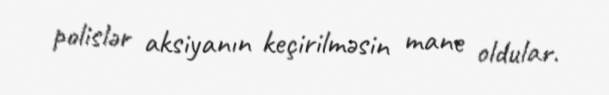
polislər aksiyanın keçirilməsin mane oldular.